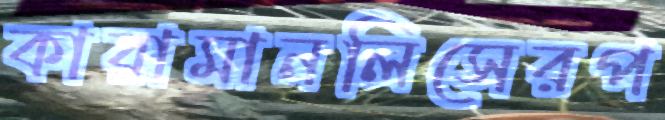
কারামানলিসেরপ